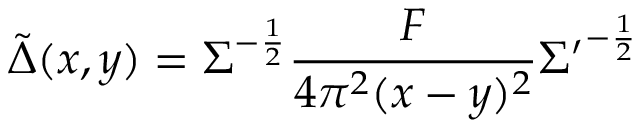
\tilde { \Delta } ( x , y ) = \Sigma ^ { - \frac { 1 } { 2 } } \frac { F } { 4 \pi ^ { 2 } ( x - y ) ^ { 2 } } { \Sigma ^ { \prime } } ^ { - \frac { 1 } { 2 } }